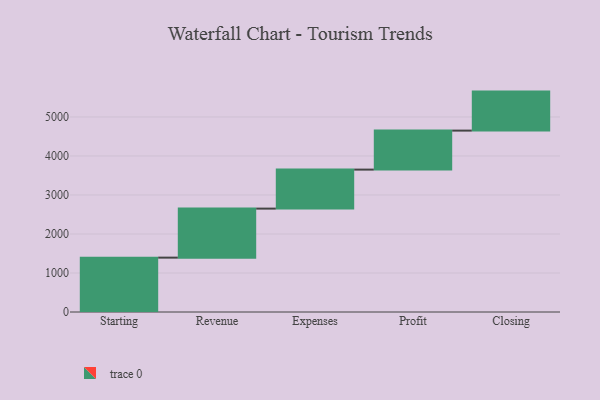
{"axis": {"x": "Step", "y": "Value"}, "legend": [""], "data": [{"x": "Starting", "y": 1394.0, "type": ""}, {"x": "Revenue", "y": 1257.0, "type": ""}, {"x": "Expenses", "y": 1000, "type": ""}, {"x": "Profit", "y": 1000, "type": ""}, {"x": "Closing", "y": 1000, "type": ""}]}